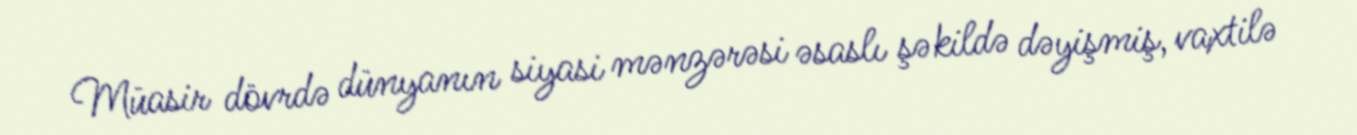
Müasir dövrdə dünyanın siyasi mənzərəsi əsaslı şəkildə dəyişmiş, vaxtilə